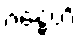
ဂန္ဓေဟိ